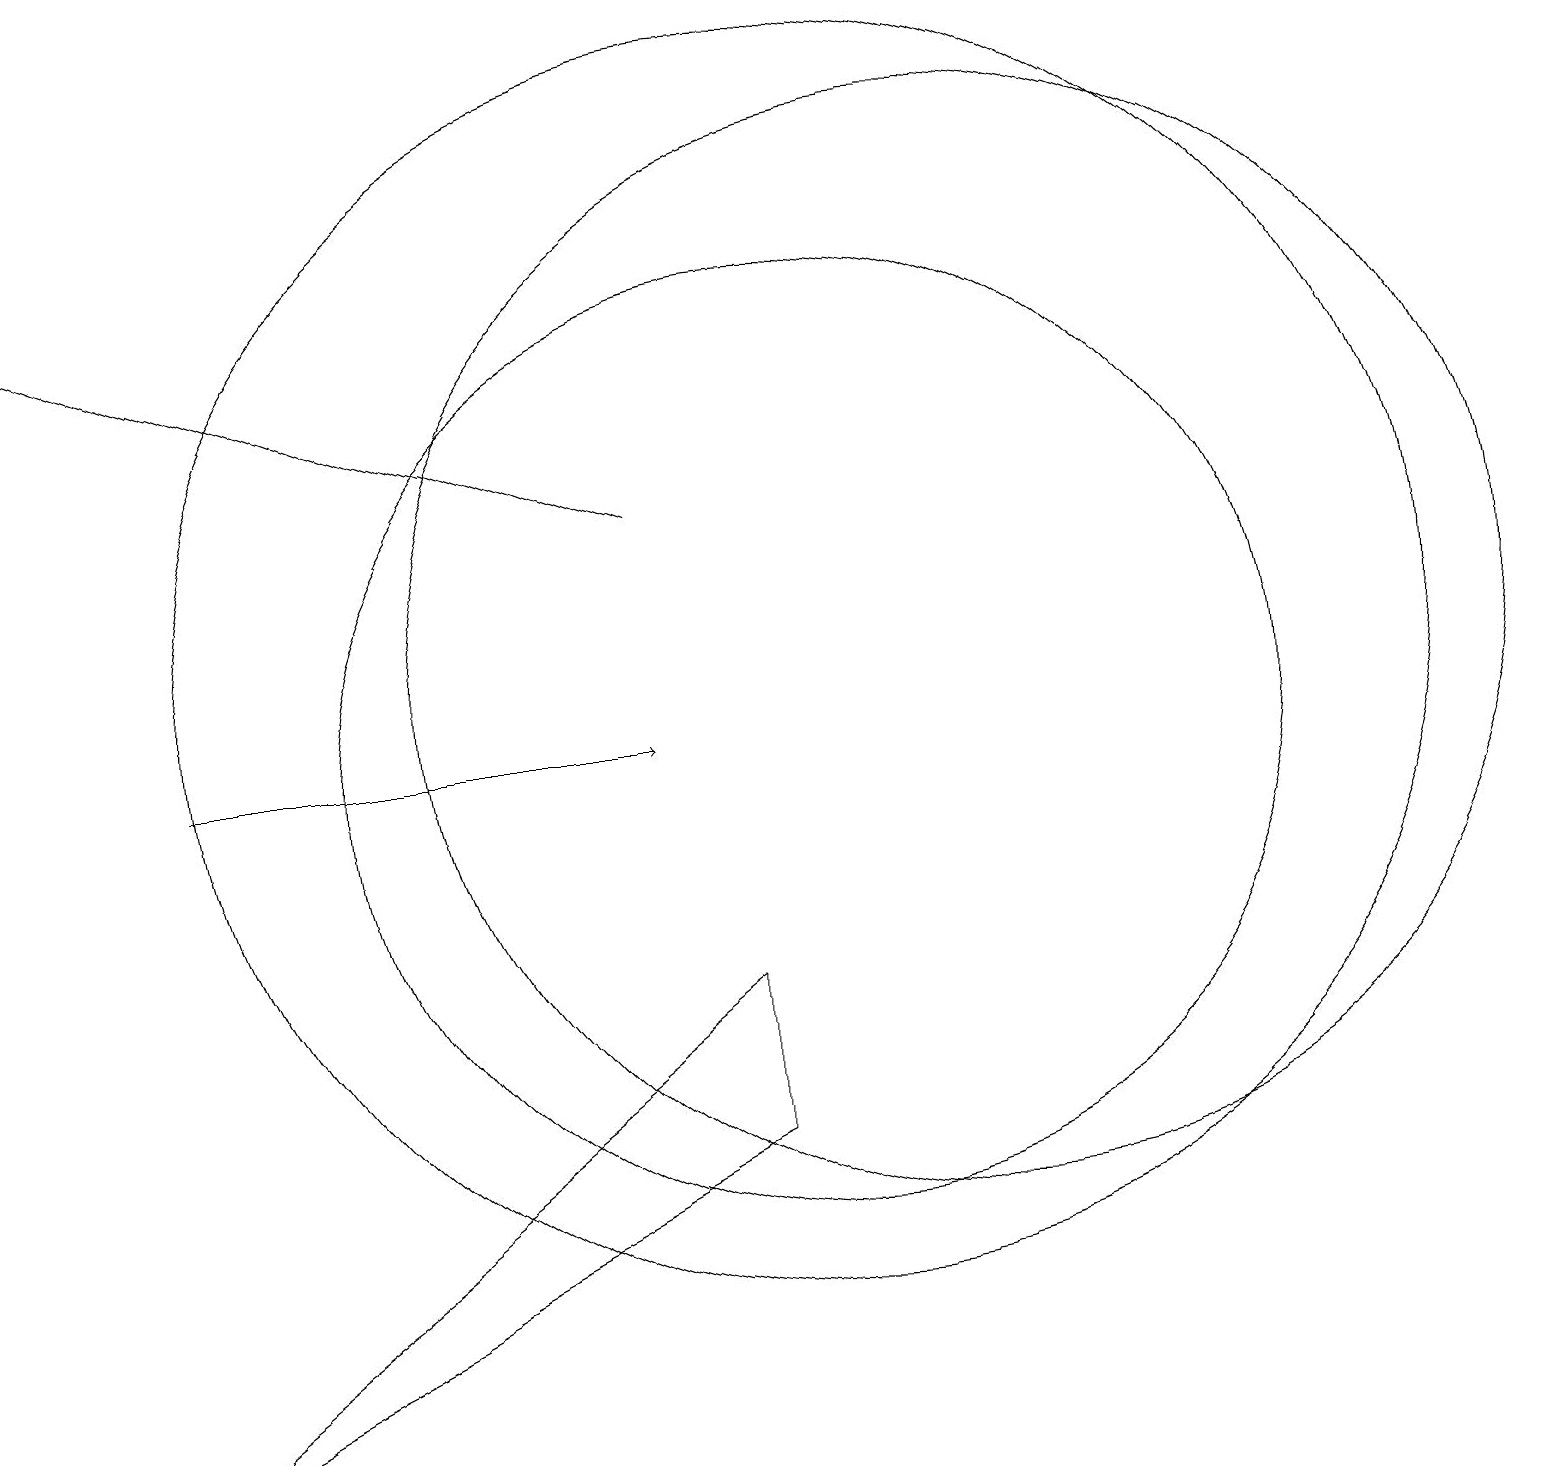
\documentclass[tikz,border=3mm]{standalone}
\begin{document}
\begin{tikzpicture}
\draw[->] (8,14) -- (0,17);
\draw[->] (2,11) -- (8,11);
\draw (10,12) circle (8);
\draw (10,11) circle (6);
\draw (1,2) -- (9,6) -- (9,8) -- cycle;
\draw (12,12) circle (7);
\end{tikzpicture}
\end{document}